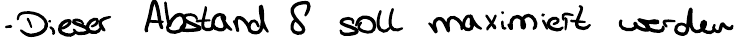
- Dieser Abstand S soll maximiert werden